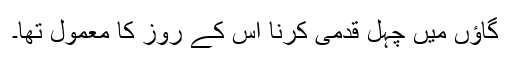
گاؤں میں چہل قدمی کرنا اس کے روز کا معمول تھا۔